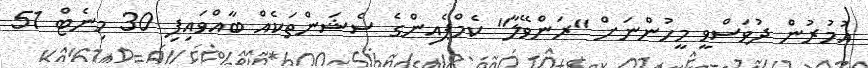
އުމުރުން ދުވަސްވީ މީހުންނަށް "ރަންވޭލާ" ކެމްޕެއިންގެ ސެޝަންތަކެއް ބާއްވައިފި 30 މިނެޓް 51